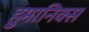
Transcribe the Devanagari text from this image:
हुमानिक्स